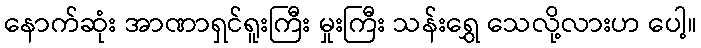
နောက်ဆုံး အာဏာရှင်ရူးကြီး မှုးကြီး သန်းရွှေ သေလို့လားဟ ပေါ့။